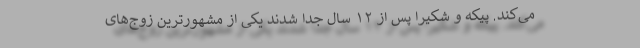
می‌کند. پیکه و شکیرا پس از ۱۲ سال جدا شدند یکی از مشهورترین زوج‌های